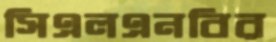
সিএলএনবির